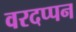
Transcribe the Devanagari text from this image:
वरदप्पन